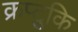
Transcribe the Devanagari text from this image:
क्रप्टुकि